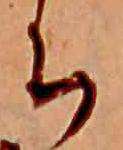
ち